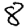
Digit: 8